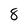
Character: 8